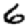
Digit: 6